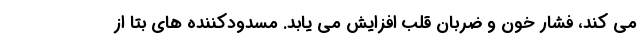
می کند، فشار خون و ضربان قلب افزایش می یابد. مسدودکننده های بتا از